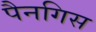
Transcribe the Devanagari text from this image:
पैनगिस